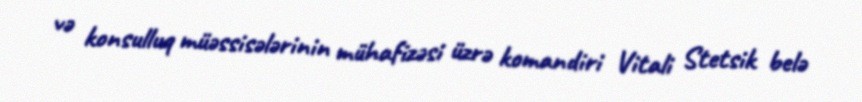
və konsulluq müəssisələrinin mühafizəsi üzrə komandiri Vitali Stetsik belə